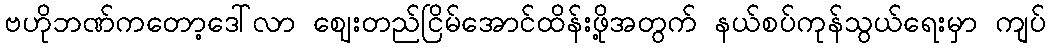
ဗဟိုဘဏ်ကတော့ဒေါ်လာ ဈေးတည်ငြိမ်အောင်ထိန်းဖို့အတွက် နယ်စပ်ကုန်သွယ်ရေးမှာ ကျပ်